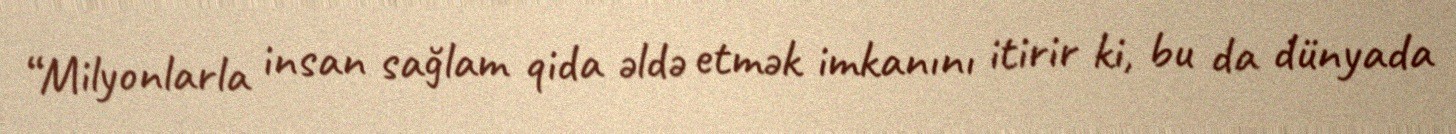
“Milyonlarla insan sağlam qida əldə etmək imkanını itirir ki, bu da dünyada